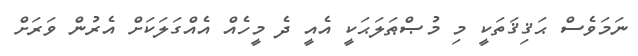
ނަމަވެސް ޙަޤިޤަތަކީ މި މުޞްޠަލަޙަކީ އެއީ ދެ މީހެއް އެއްގަލަކަށް އެރުން ވަރަށް